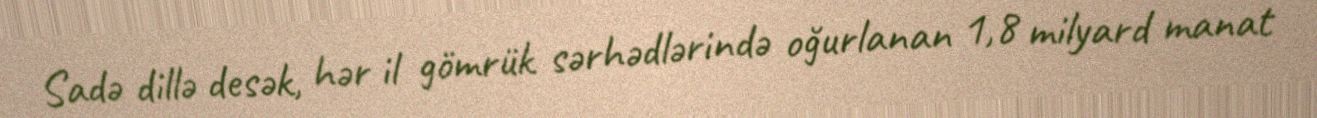
Sadə dillə desək, hər il gömrük sərhədlərində oğurlanan 1,8 milyard manat